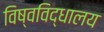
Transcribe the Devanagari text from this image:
विष्वविद्धालय